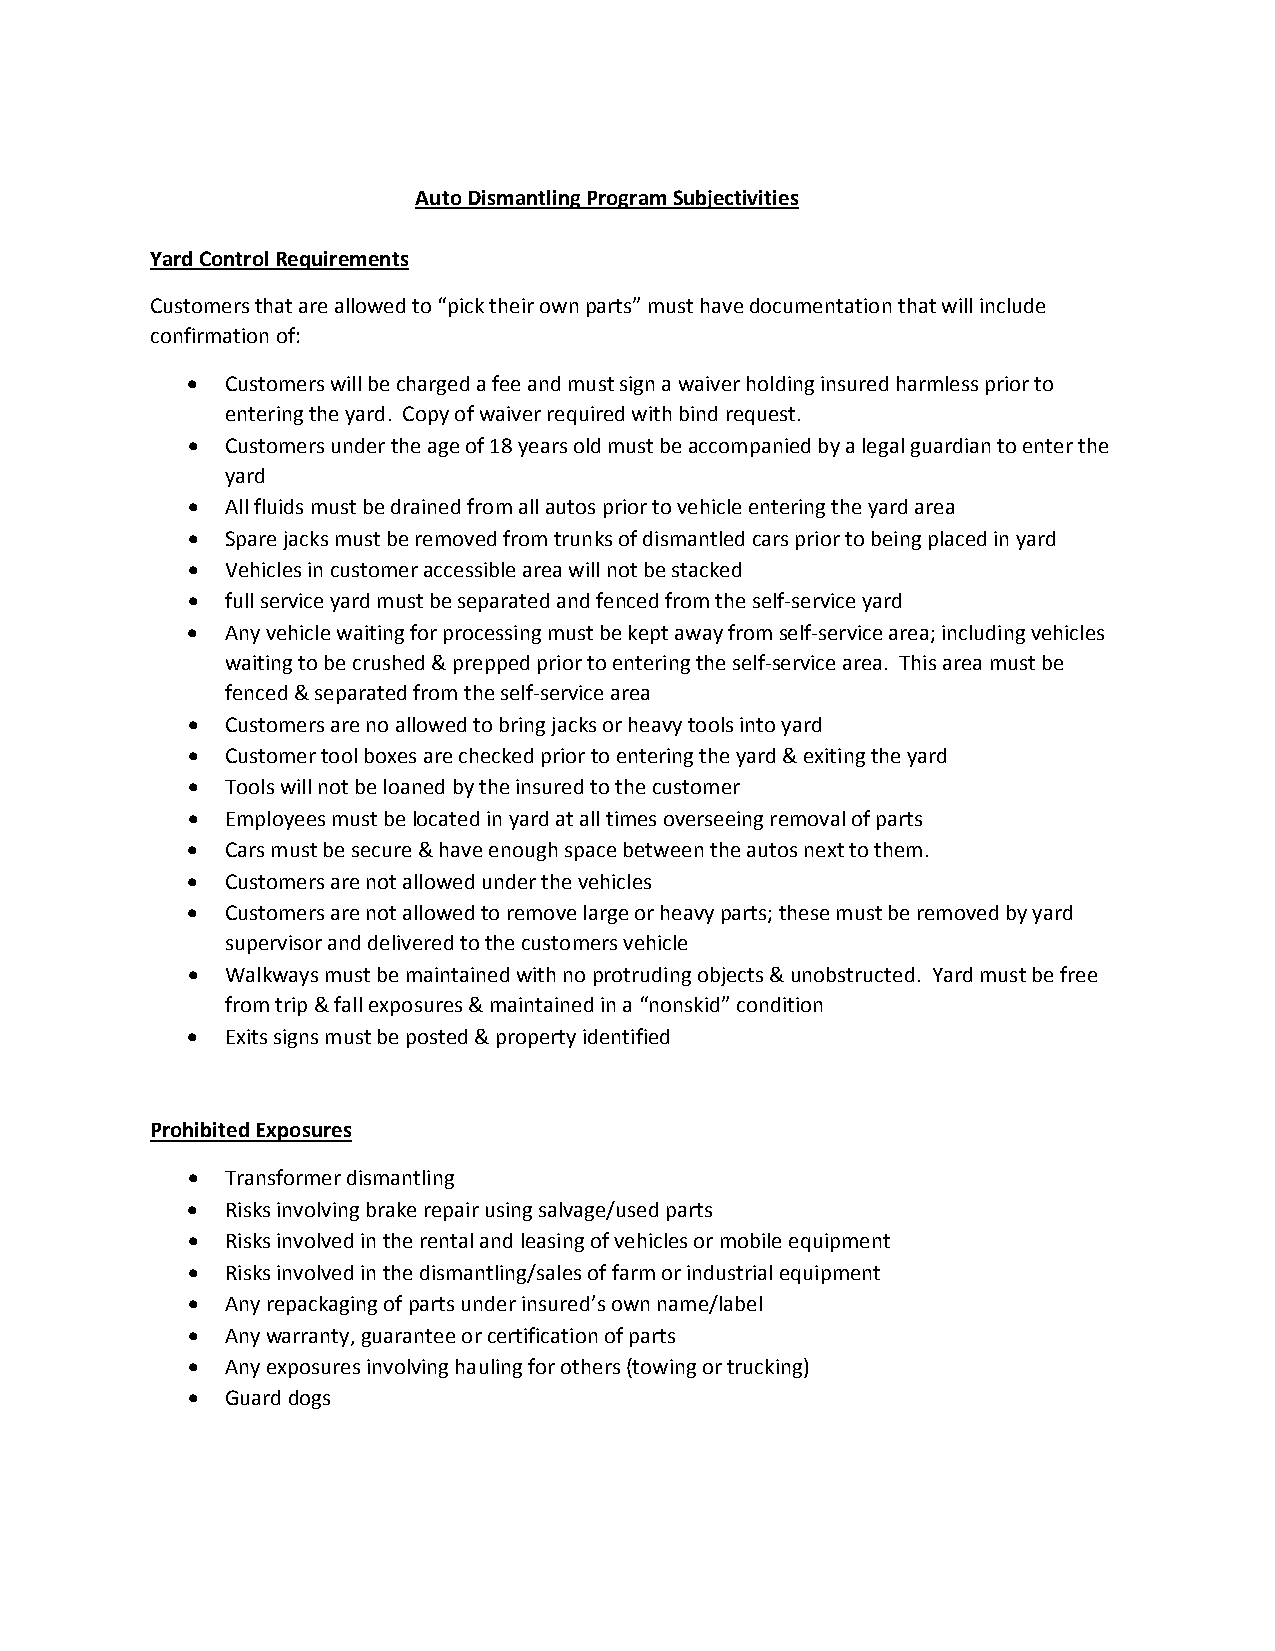
Auto Dismantling Program Subjectivities
 Yard Control Requirements
 Customers that are allowed to “pick their own parts” must have documentation that will include
 confirmation of:
   Customers will be charged a fee and must sign a waiver holding insured harmless prior to
 entering the yard. Copy of waiver required with bind request.
   Customers under the age of 18 years old must be accompanied by a legal guardian to enter the
 yard
   All fluids must be drained from all autos prior to vehicle entering the yard area
   Spare jacks must be removed from trunks of dismantled cars prior to being placed in yard
   Vehicles in customer accessible area will not be stacked
   full service yard must be separated and fenced from the self‐service yard
   Any vehicle waiting for processing must be kept away from self‐service area; including vehicles
 waiting to be crushed & prepped prior to entering the self‐service area. This area must be
 fenced & separated from the self‐service area
   Customers are no allowed to bring jacks or heavy tools into yard
   Customer tool boxes are checked prior to entering the yard & exiting the yard
   Tools will not be loaned by the insured to the customer
   Employees must be located in yard at all times overseeing removal of parts
   Cars must be secure & have enough space between the autos next to them.
   Customers are not allowed under the vehicles
   Customers are not allowed to remove large or heavy parts; these must be removed by yard
 supervisor and delivered to the customers vehicle
   Walkways must be maintained with no protruding objects & unobstructed. Yard must be free
 from trip & fall exposures & maintained in a “nonskid” condition
   Exits signs must be posted & property identified
 Prohibited Exposures
   Transformer dismantling
   Risks involving brake repair using salvage/used parts
   Risks involved in the rental and leasing of vehicles or mobile equipment
   Risks involved in the dismantling/sales of farm or industrial equipment
   Any repackaging of parts under insured’s own name/label
   Any warranty, guarantee or certification of parts
   Any exposures involving hauling for others (towing or trucking)
   Guard dogs